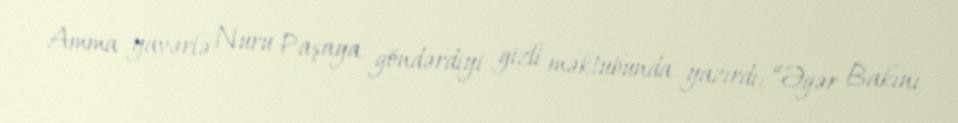
Amma yavərlə Nuru Paşaya göndərdiyi gizli məktubunda yazırdı: “Əgər Bakını